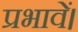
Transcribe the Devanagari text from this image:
प्रभावें।